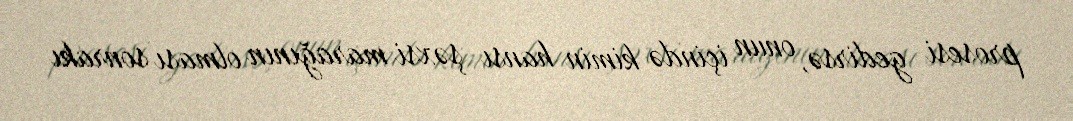
prosesi gedirsə, onun içində kimin hansı şəxsi marağının olması sonrakı